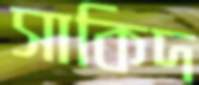
সাকিদ